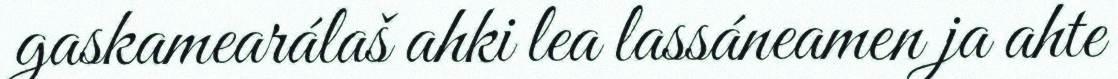
gaskamearálaš ahki lea lassáneamen ja ahte